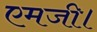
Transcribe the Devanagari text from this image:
एमजी।